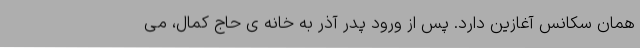
همان سکانس آغازین دارد. پس از ورود پدر آذر به خانه ی حاج کمال، می